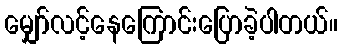
မျှော်လင့်နေကြောင်းပြောခဲ့ပါတယ်။